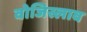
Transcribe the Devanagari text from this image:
वोजिस्लाव